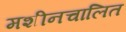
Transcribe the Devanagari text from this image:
मशीनचालित